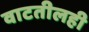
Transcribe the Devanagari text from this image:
वाटतीलही